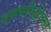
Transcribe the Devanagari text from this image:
वनपरिक्षेत्रात